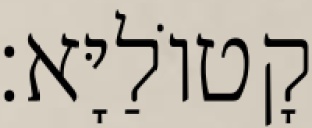
קָטוֹלַיָּא׃